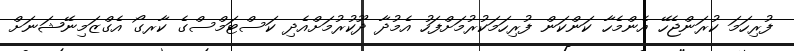
ފުރިހަމަ ކުރަންޖެހޭ އެންމެހާ ކަންކަން ފުރިހަމަކުރުމަށްފަހު އެމުދާ ދޫކުރުމަށްއެދި ކަސްޓަމްސްގެ ކާރގޯ އެގްޒަމިނޭޝަނަށް